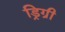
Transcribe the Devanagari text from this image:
ड्रिग्री